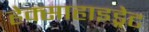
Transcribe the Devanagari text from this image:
हेक्साहाइड्रेट